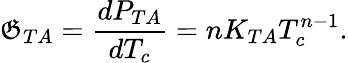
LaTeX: \mathfrak{G}_{TA}=\frac{{dP_{TA}}}{{dT_{c}}}=nK_{TA}T_{c}^{n-1}.